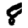
Digit: 8